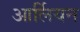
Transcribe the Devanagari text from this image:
आर्लियन